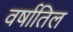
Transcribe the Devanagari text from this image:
वर्षातिल